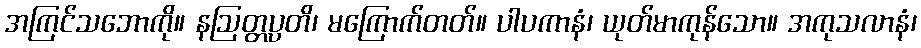
အကြင်သဘောကို။ နဩတ္တပ္ပတိ၊ မကြောက်တတ်။ ပါပကာနံ၊ ယုတ်မာကုန်သော။ အကုသလာနံ၊